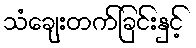
သံချေးတက်ခြင်းနှင့်